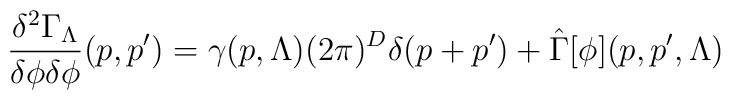
\frac{\delta^2 \Gamma_{\Lambda}}{\delta \phi \delta\phi}(p,p')=\gamma(p,\Lambda) (2\pi)^D\delta(p+p')+\hat{\Gamma}[\phi](p,p',\Lambda)